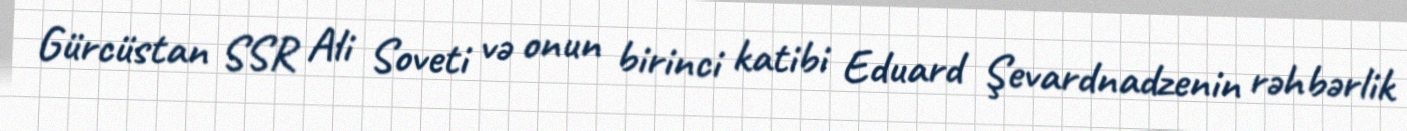
Gürcüstan SSR Ali Soveti və onun birinci katibi Eduard Şevardnadzenin rəhbərlik